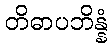
တိဓာပဘိန္နံ